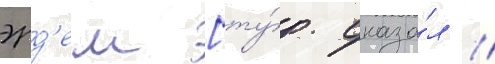
эрд'ем [ту́р. сказа́л //